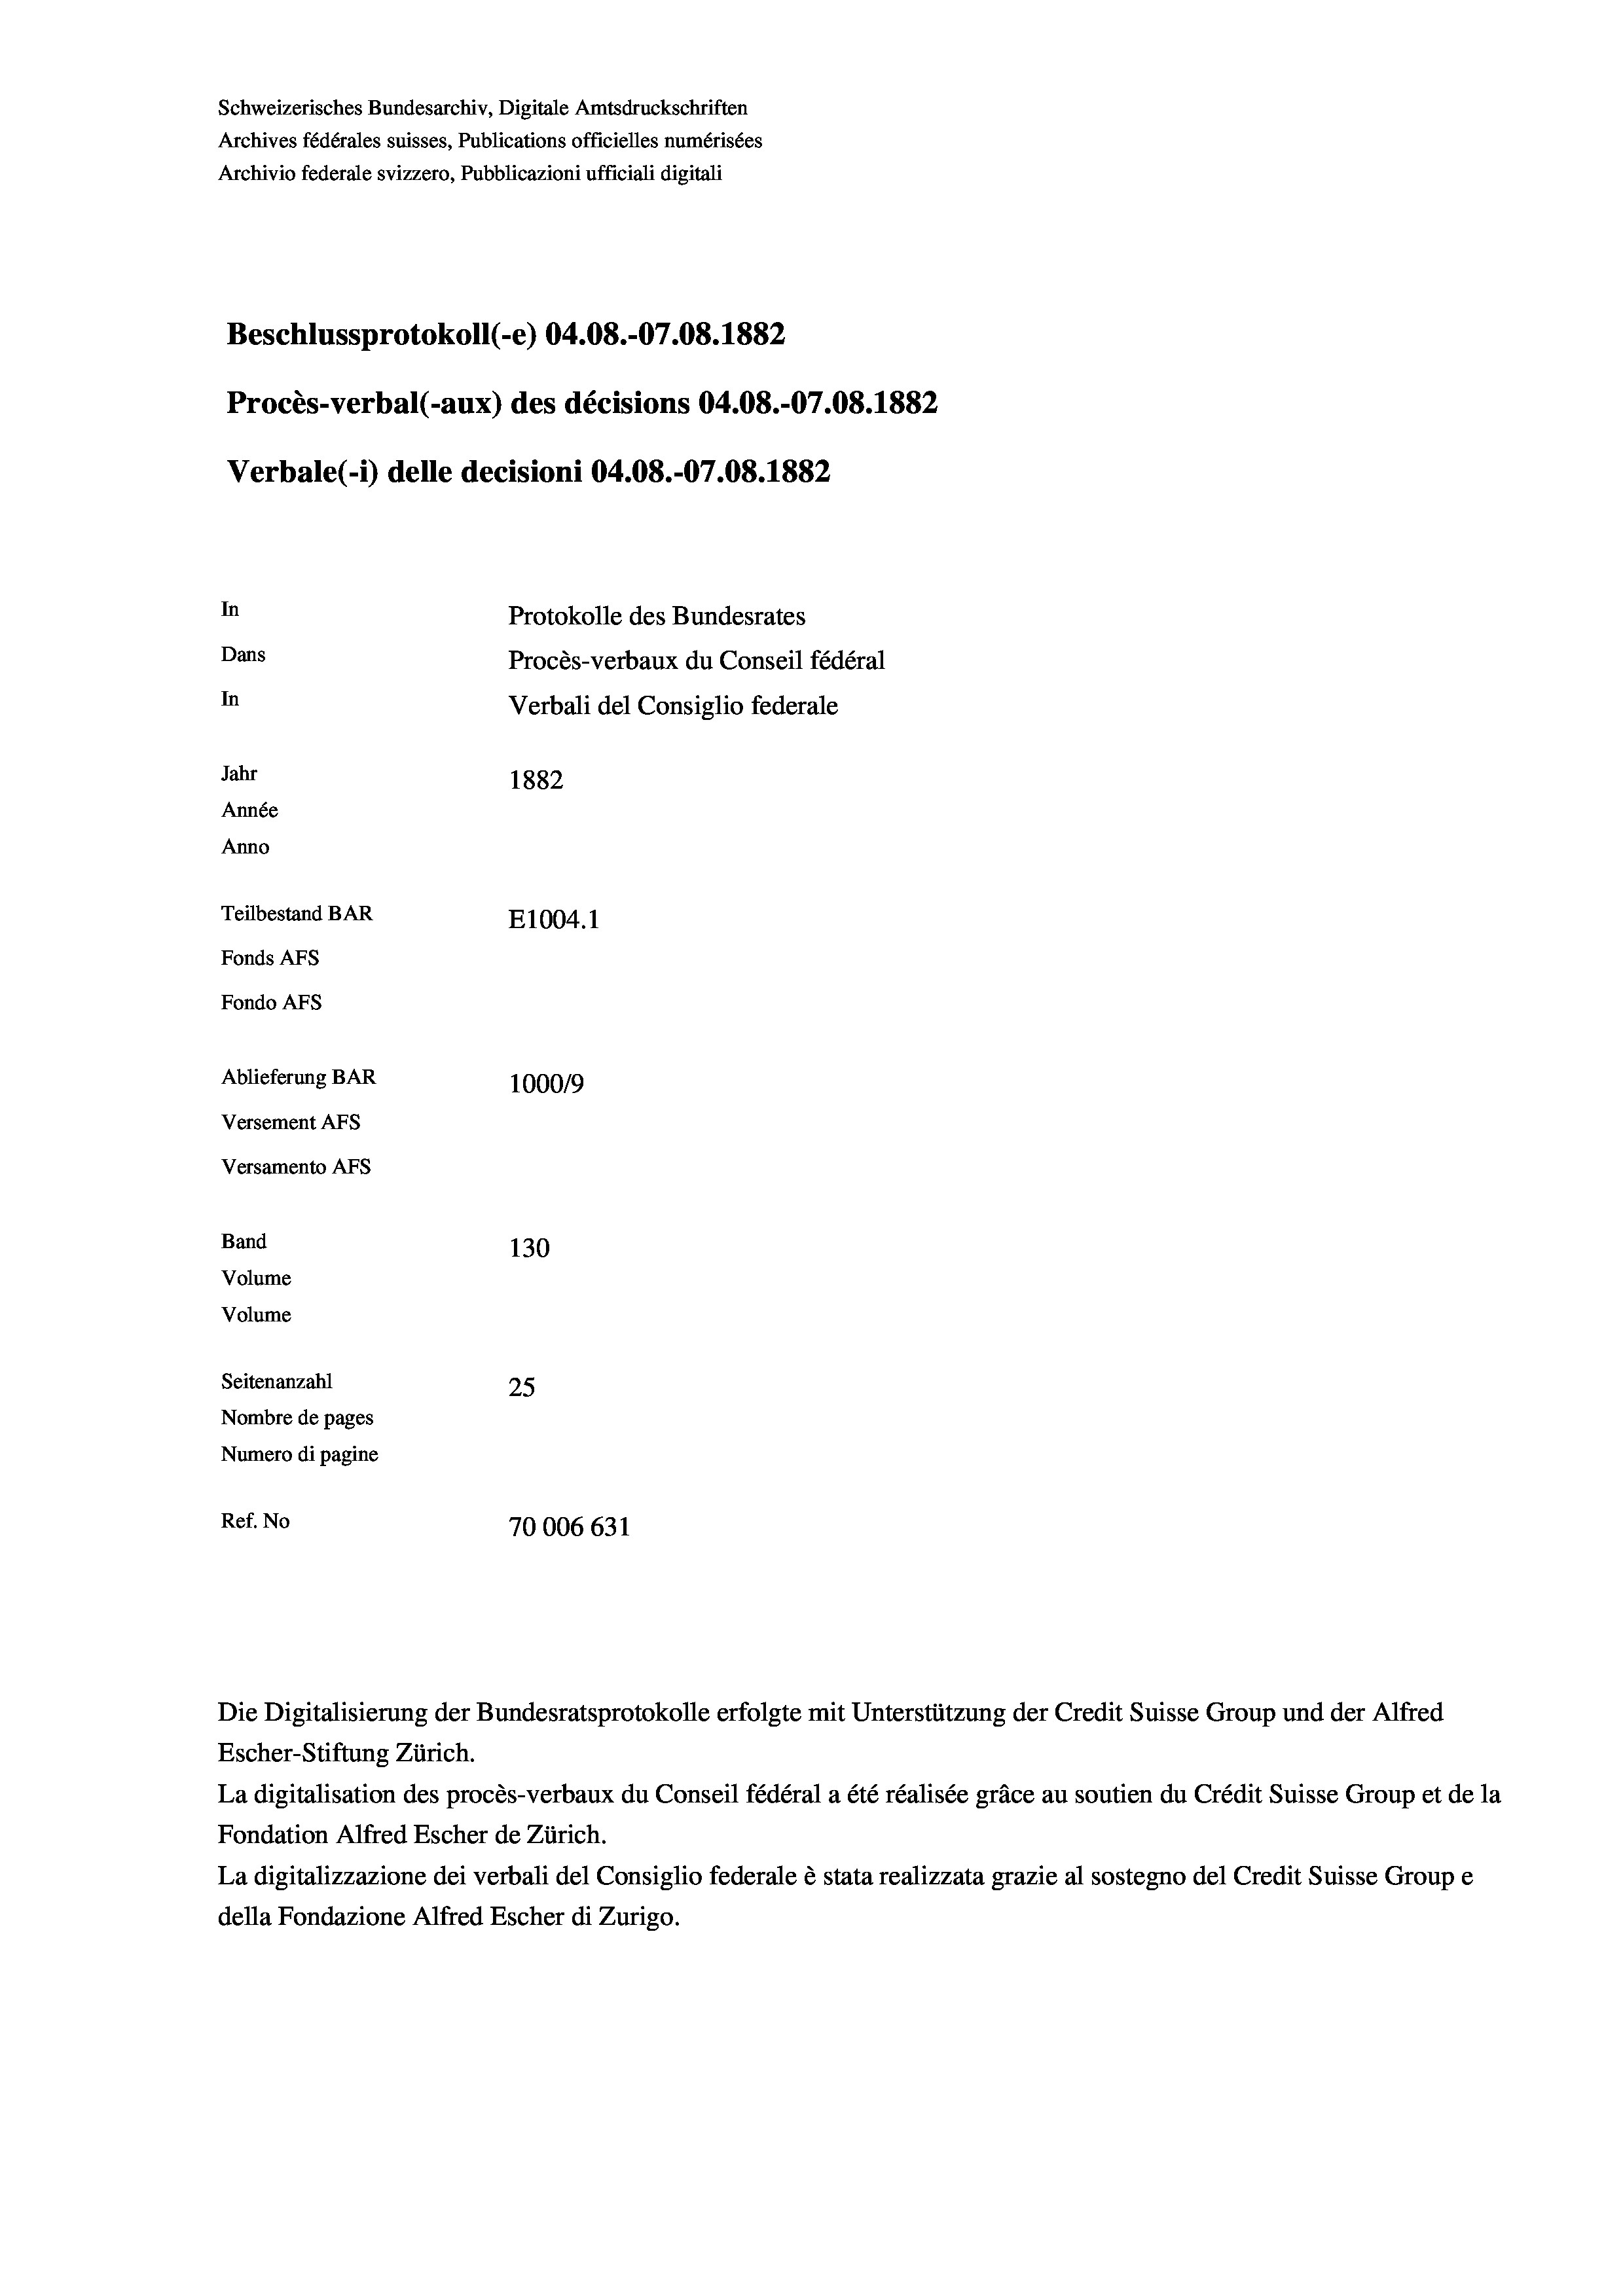
Schweizerisches Bundesarchiv, Digitale Amtsdruckschriften
Archives fédérales suisses, Publications officielles numérisées
Archivio federale svizzero, Pubblicazioni ufficiali digitali
Beschlussprotokoll (-e) 04.08.-07.08. 1882
Procès-verbal (-aux) des décisions 04.08.-07.08. 1882
Verbale (- 1) delle decisioni 04.08.-07.08. 1882
In
Protokolle des Bundesrates
Dans
Procès-verbaux du Conseil fédéral
In
Verbali del Consiglio federale
Jahr
1882
Année
Anno
Teilbestand BAR
E1004. 1
Fonds AFs
Fondo Afs
Ablieferung BAR
100019
Versement AFs
Versamento Afs
Band
130
Volume

Volume
Seitenanzahl
25
Nombre de pages
Numero di pagine
Ref. No
70006 631

Escher-Stiftung Zürich.
La digitalisation des procès-verbaux du Conseil fédéral a été réalisée gräce au soutien du Crédit Suisse Group et de la
Fondation Alfred Escher de Zürich.
La digitalizzazione dei verbali del Consiglio federale è stata realizzata grazie al sostegno del Credit Suisse Groupe
della Fondazione Alfred Escher di Zurigo.

Die Digitalisierung der Bundesratsprotokolle erfolgte mit Unterstützung der Credit Suisse Group und der Alfred